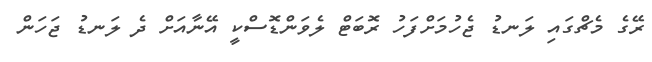
ރޭގެ މެޗްގައި ލަނޑު ޖެހުމަށްފަހު ރޮބަޓް ލެވަންޑޮސްކީ އޭނާއަށް ދެ ލަނޑު ޖަހަން